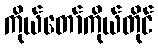
ကိုယ်တော်ကိုယ်တိုင်